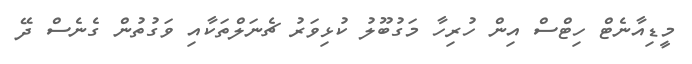
މީޑިއާނެޓް ހިޓްސް އިން ހުރިހާ މަގުބޫލު ކުޅިވަރު ޗެނަލްތަކާއި ވަގުތުން ގެނެސް ދޭ